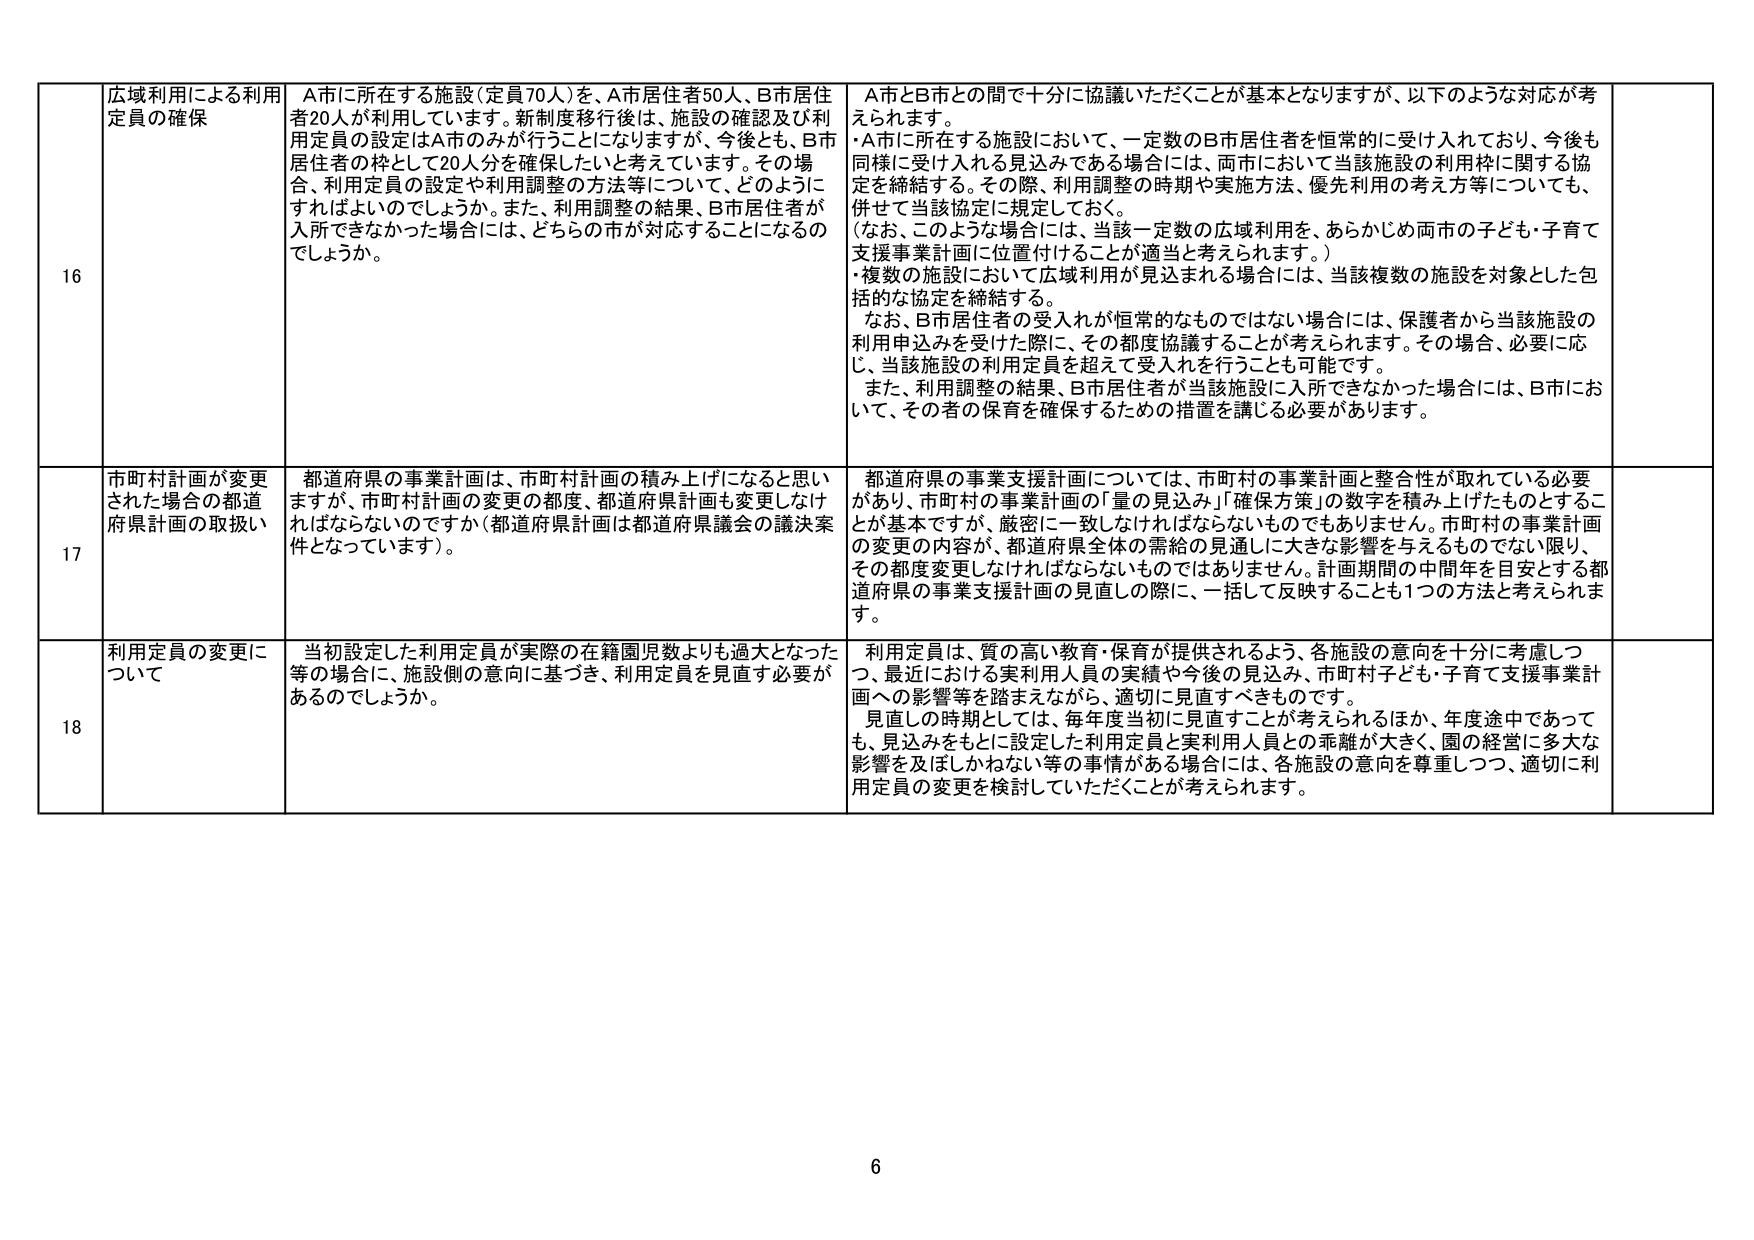
16 広域利用による利用定員の確保 A市に所在する施設（定員70人）を、A市居住者50人、B市居住者20人が利用しています。新制度移行後は、施設の確認及び利用定員の設定はA市のみが行うことになりますが、今後とも、B市居住者の枠として20人分を確保したいと考えています。その場合、利用定員の設定や利用調整の方法等について、どのようにすればよいのでしょうか。また、利用調整の結果、B市居住者が入所できなかった場合には、どちらの市が対応することになるのでしょうか。 A市とB市との間で十分に協議いただくことが基本となりますが、以下のような対応が考えられます。 ・A市に所在する施設において、一定数のB市居住者を恒常的に受け入れており、今後も同様に受け入れる見込みである場合には、両市において当該施設の利用枠に関する協定を締結する。その際、利用調整の時期や実施方法、優先利用の考え方等についても、併せて当該協定に規定しておく。 （なお、このような場合には、当該一定数の広域利用を、あらかじめ両市の子ども・子育て支援事業計画に位置付けることが適当と考えられます。） ・複数の施設において広域利用が見込まれる場合には、当該複数の施設を対象とした包括的な協定を締結する。 なお、B市居住者の受入れが恒常的なものではない場合には、保護者から当該施設の利用申込みを受けた際に、その都度協議することが考えられます。その場合、必要に応じ、当該施設の利用定員を超えて受入れを行うことも可能です。 また、利用調整の結果、B市居住者が当該施設に入所できなかった場合には、B市において、その者の保育を確保するための措置を講じる必要があります。

17 市町村計画が変更された場合の都道府県計画の取扱い 都道府県の事業計画は、市町村計画の積み上げになると思いますが、市町村計画の変更の都度、都道府県計画も変更しなければならないのですか（都道府県計画は都道府県議会の議決案件となっています）。 都道府県の事業支援計画については、市町村の事業計画と整合性が取れている必要があり、市町村の事業計画の「量の見込み」「確保方策」の数字を積み上げたものとすることが基本ですが、厳密に一致しなければならないものでもありません。市町村の事業計画の変更の内容が、都道府県全体の需給の見通しに大きな影響を与えるものでない限り、その都度変更しなければならないものではありません。計画期間の中間年を目安とする都道府県の事業支援計画の見直しの際に、一括して反映することも1つの方法と考えられます。

18 利用定員の変更について 当初設定した利用定員が実際の在籍園児数よりも過大となった等の場合に、施設側の意向に基づき、利用定員を見直す必要があるのでしょうか。 利用定員は、質の高い教育・保育が提供されるよう、各施設の意向を十分に考慮しつつ、最近における実利用人員の実績や今後の見込み、市町村子ども・子育て支援事業計画への影響等を踏まえながら、適切に見直すべきものです。 見直しの時期としては、毎年度当初に見直すことが考えられるほか、年度途中であっても、見込みをもとに設定した利用定員と実利用人員との乖離が大きく、園の経営に多大な影響を及ぼしかねない等の事情がある場合には、各施設の意向を尊重しつつ、適切に利用定員の変更を検討していただくことが考えられます。

6